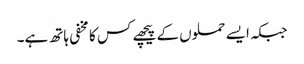
جبکہ ایسے حملوں کے پیچھے کس کا مخفی ہاتھ ہے۔